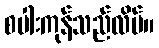
စပါးကုန်သည်လိမ်။